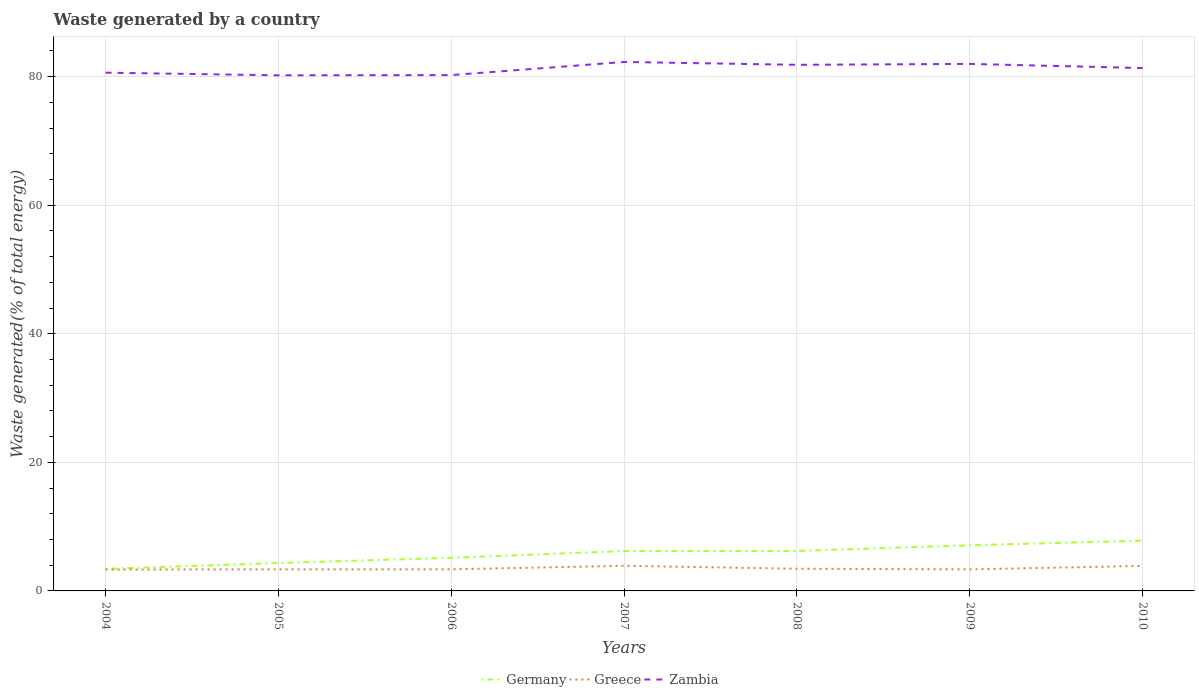
| Years | Germany | Greece | Zambia |
 | --- | --- | --- | --- |
 | 2004 | 3.43 | 3.32 | 80.6 |
 | 2005 | 4.34 | 3.35 | 80.2 |
 | 2006 | 5.15 | 3.36 | 80.2 |
 | 2007 | 6.2 | 3.91 | 82.3 |
 | 2008 | 6.21 | 3.45 | 81.8 |
 | 2009 | 7.1 | 3.35 | 82 |
 | 2010 | 7.82 | 3.9 | 81.3 |